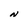
Character: N